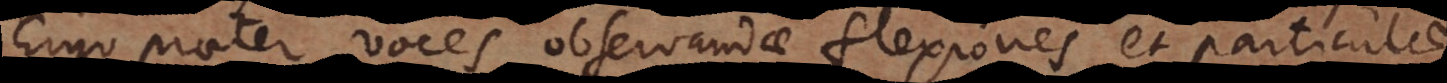
Ergo praeter voces observandae flexiones et particulae,